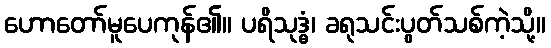
ဟောတော်မူပေကုန်၏။ ပရိသုဒ္ဓံ၊ ခရုသင်းပွတ်သစ်ကဲ့သို့။